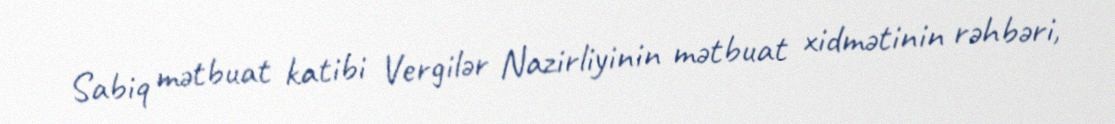
Sabiq mətbuat katibi Vergilər Nazirliyinin mətbuat xidmətinin rəhbəri,